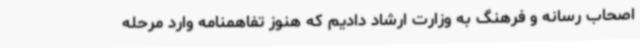
اصحاب رسانه و فرهنگ به وزارت ارشاد دادیم که هنوز تفاهمنامه وارد مرحله